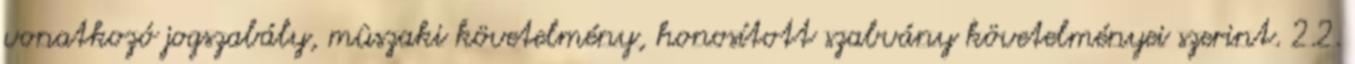
vonatkozó jogszabály, mûszaki követelmény, honosított szabvány követelményei szerint. 2.2.